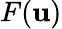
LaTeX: F(\mathbf{u})